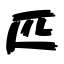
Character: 匹